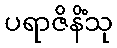
ပရာဇိနိံသု